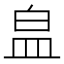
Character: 𭽾